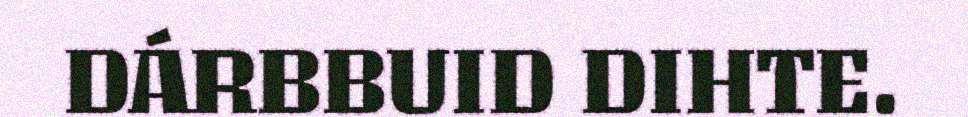
DÁRBBUID DIHTE.